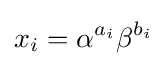
x_{i}=\alpha ^{a_{i}}\beta ^{b_{i}}